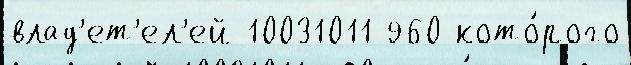
влад'ет'ел'ей 10031011 960 кото́рого